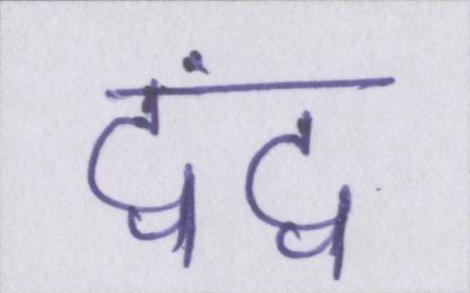
द्वंद्व